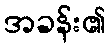
အခန်း၏